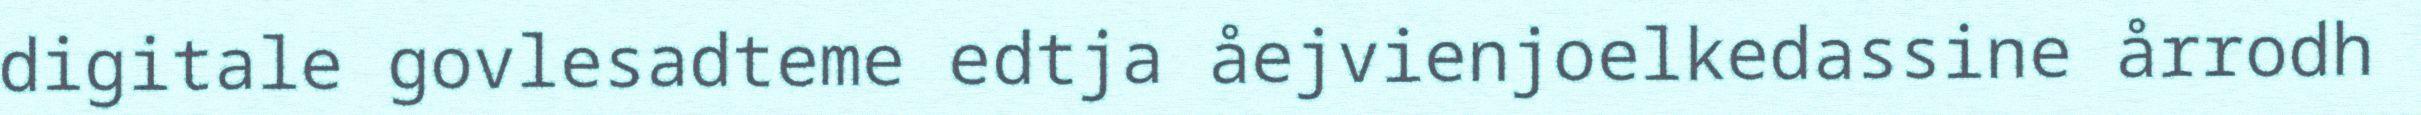
digitale govlesadteme edtja åejvienjoelkedassine årrodh